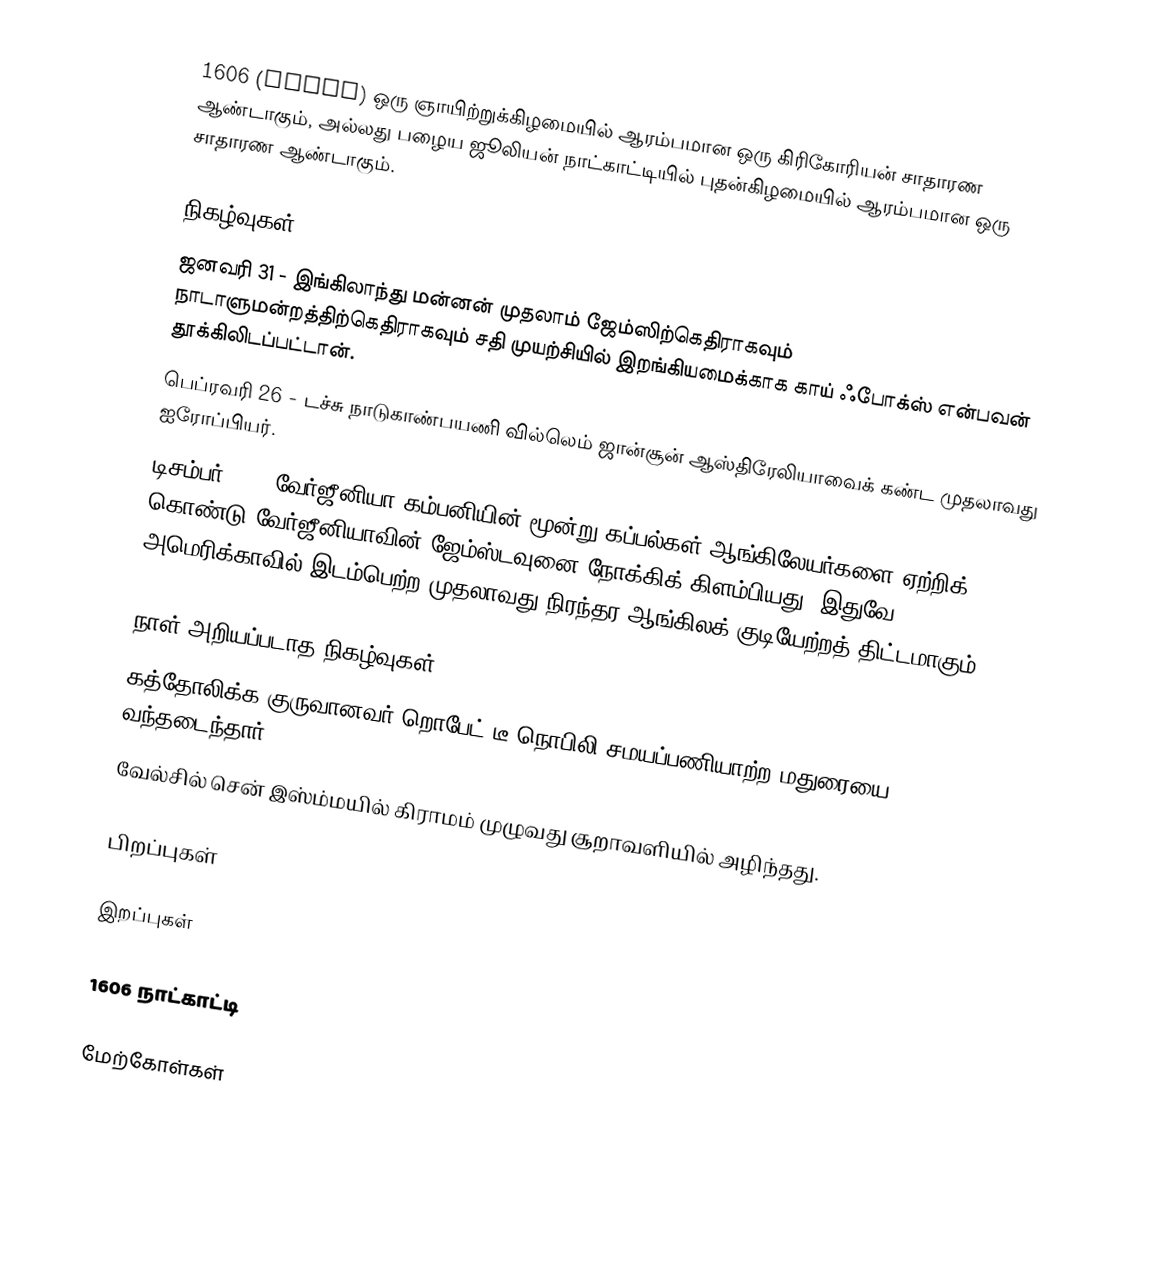
1606 (MDCVI) ஒரு ஞாயிற்றுக்கிழமையில் ஆரம்பமான ஒரு கிரிகோரியன் சாதாரண ஆண்டாகும், அல்லது பழைய ஜூலியன் நாட்காட்டியில் புதன்கிழமையில் ஆரம்பமான ஒரு சாதாரண ஆண்டாகும்.

நிகழ்வுகள்
 ஜனவரி 31 - இங்கிலாந்து மன்னன் முதலாம் ஜேம்ஸிற்கெதிராகவும் நாடாளுமன்றத்திற்கெதிராகவும் சதி முயற்சியில் இறங்கியமைக்காக காய் ஃபோக்ஸ் என்பவன் தூக்கிலிடப்பட்டான்.
 பெப்ரவரி 26 - டச்சு நாடுகாண்பயணி வில்லெம் ஜான்சூன் ஆஸ்திரேலியாவைக் கண்ட முதலாவது ஐரோப்பியர்.
 டிசம்பர் 20 - வேர்ஜீனியா கம்பனியின் மூன்று கப்பல்கள் ஆங்கிலேயர்களை ஏற்றிக் கொண்டு வேர்ஜீனியாவின் ஜேம்ஸ்டவுனை நோக்கிக் கிளம்பியது. இதுவே அமெரிக்காவில் இடம்பெற்ற முதலாவது நிரந்தர ஆங்கிலக் குடியேற்றத் திட்டமாகும்.

நாள் அறியப்படாத நிகழ்வுகள்
 கத்தோலிக்க குருவானவர் றொபேட் டீ நொபிலி சமயப்பணியாற்ற மதுரையை வந்தடைந்தார்.
 வேல்சில் சென் இஸ்ம்மயில் கிராமம் முழுவது சூறாவளியில் அழிந்தது.

பிறப்புகள்

இறப்புகள்

1606 நாட்காட்டி

மேற்கோள்கள்